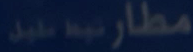
مطار توبغ سعيد